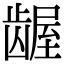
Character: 龌